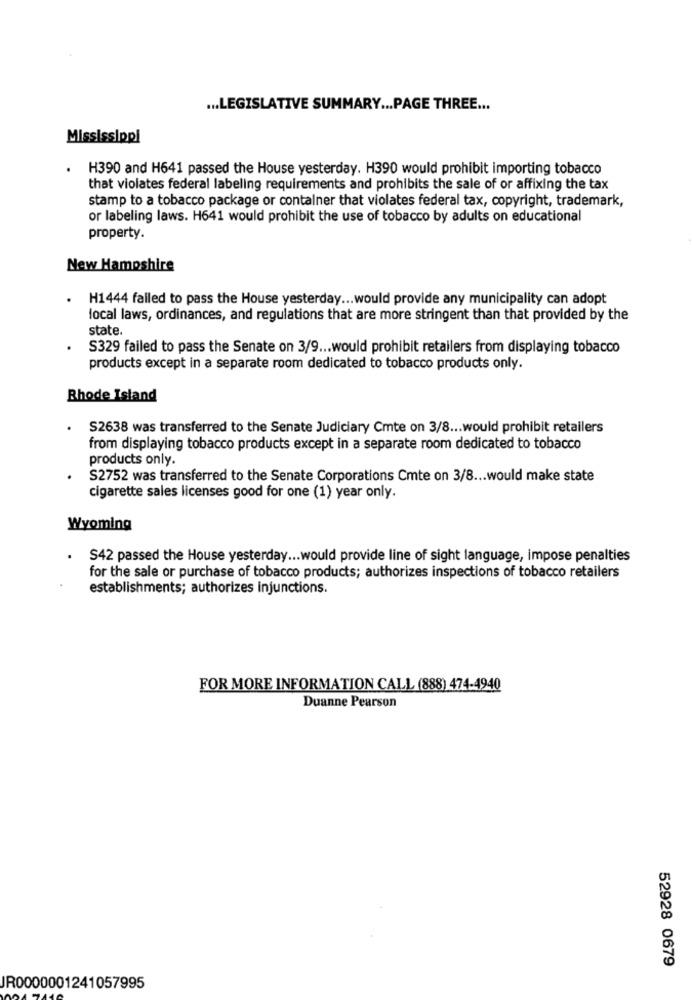
... LEGISLATIVE SUMMARY ... PAGE THREE ...
Mississippi
.
H390 and H641 passed the House yesterday. H390 would prohibit importing tobacco
that violates federal labeling requirements and prohibits the sale of or affixing the tax
stamp to a tobacco package or container that violates federal tax, copyright, trademark,
or labeling laws. H641 would prohibit the use of tobacco by adults on educational
property.
New Hampshire
H1444 failed to pass the House yesterday ... would provide any municipality can adopt
local laws, ordinances, and regulations that are more stringent than that provided by the
state.
S329 failed to pass the Senate on 3/9 ... would prohibit retailers from displaying tobacco
products except in a separate room dedicated to tobacco products only.
Rhode Island
S2638 was transferred to the Senate Judiciary Cmte on 3/8 ... would prohibit retailers
from displaying tobacco products except in a separate room dedicated to tobacco
products only.
S2752 was transferred to the Senate Corporations Cmte on 3/8 ... would make state
cigarette sales licenses good for one (1) year only.
Wyoming
S42 passed the House yesterday ... would provide line of sight language, impose penalties
for the sale or purchase of tobacco products; authorizes inspections of tobacco retailers
establishments; authorizes injunctions.
FOR MORE INFORMATION CALL (888) 474-4940
Duanne Pearson
52928 0679
JR0000001241057995